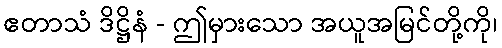
ဧတာသံ ဒိဋ္ဌိနံ - ဤမှားသော အယူအမြင်တို့ကို၊